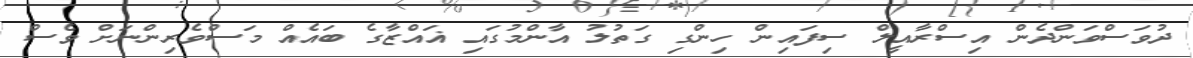
ދުވަސްވަންދެން އިސްރާއީލް ސިފައިން ހިންގި ގަތުލު އާންމުގައި ޣައްޒާގެ ބައެއް މަސްވެރިންނަށް ވެސް